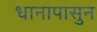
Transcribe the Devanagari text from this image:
धानापासुन